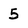
Character: 5